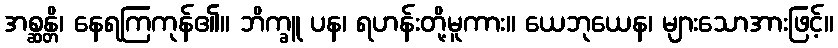
အစ္ဆန္တိ၊ နေရကြကုန်၏။ ဘိက္ခူ ပန၊ ရဟန်းတို့မူကား။ ယေဘုယေန၊ များသောအားဖြင့်။